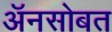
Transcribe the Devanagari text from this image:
अॅनसोबत